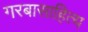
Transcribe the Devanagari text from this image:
गरबासाहित्य